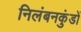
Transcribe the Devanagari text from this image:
निलंबनकुंडों